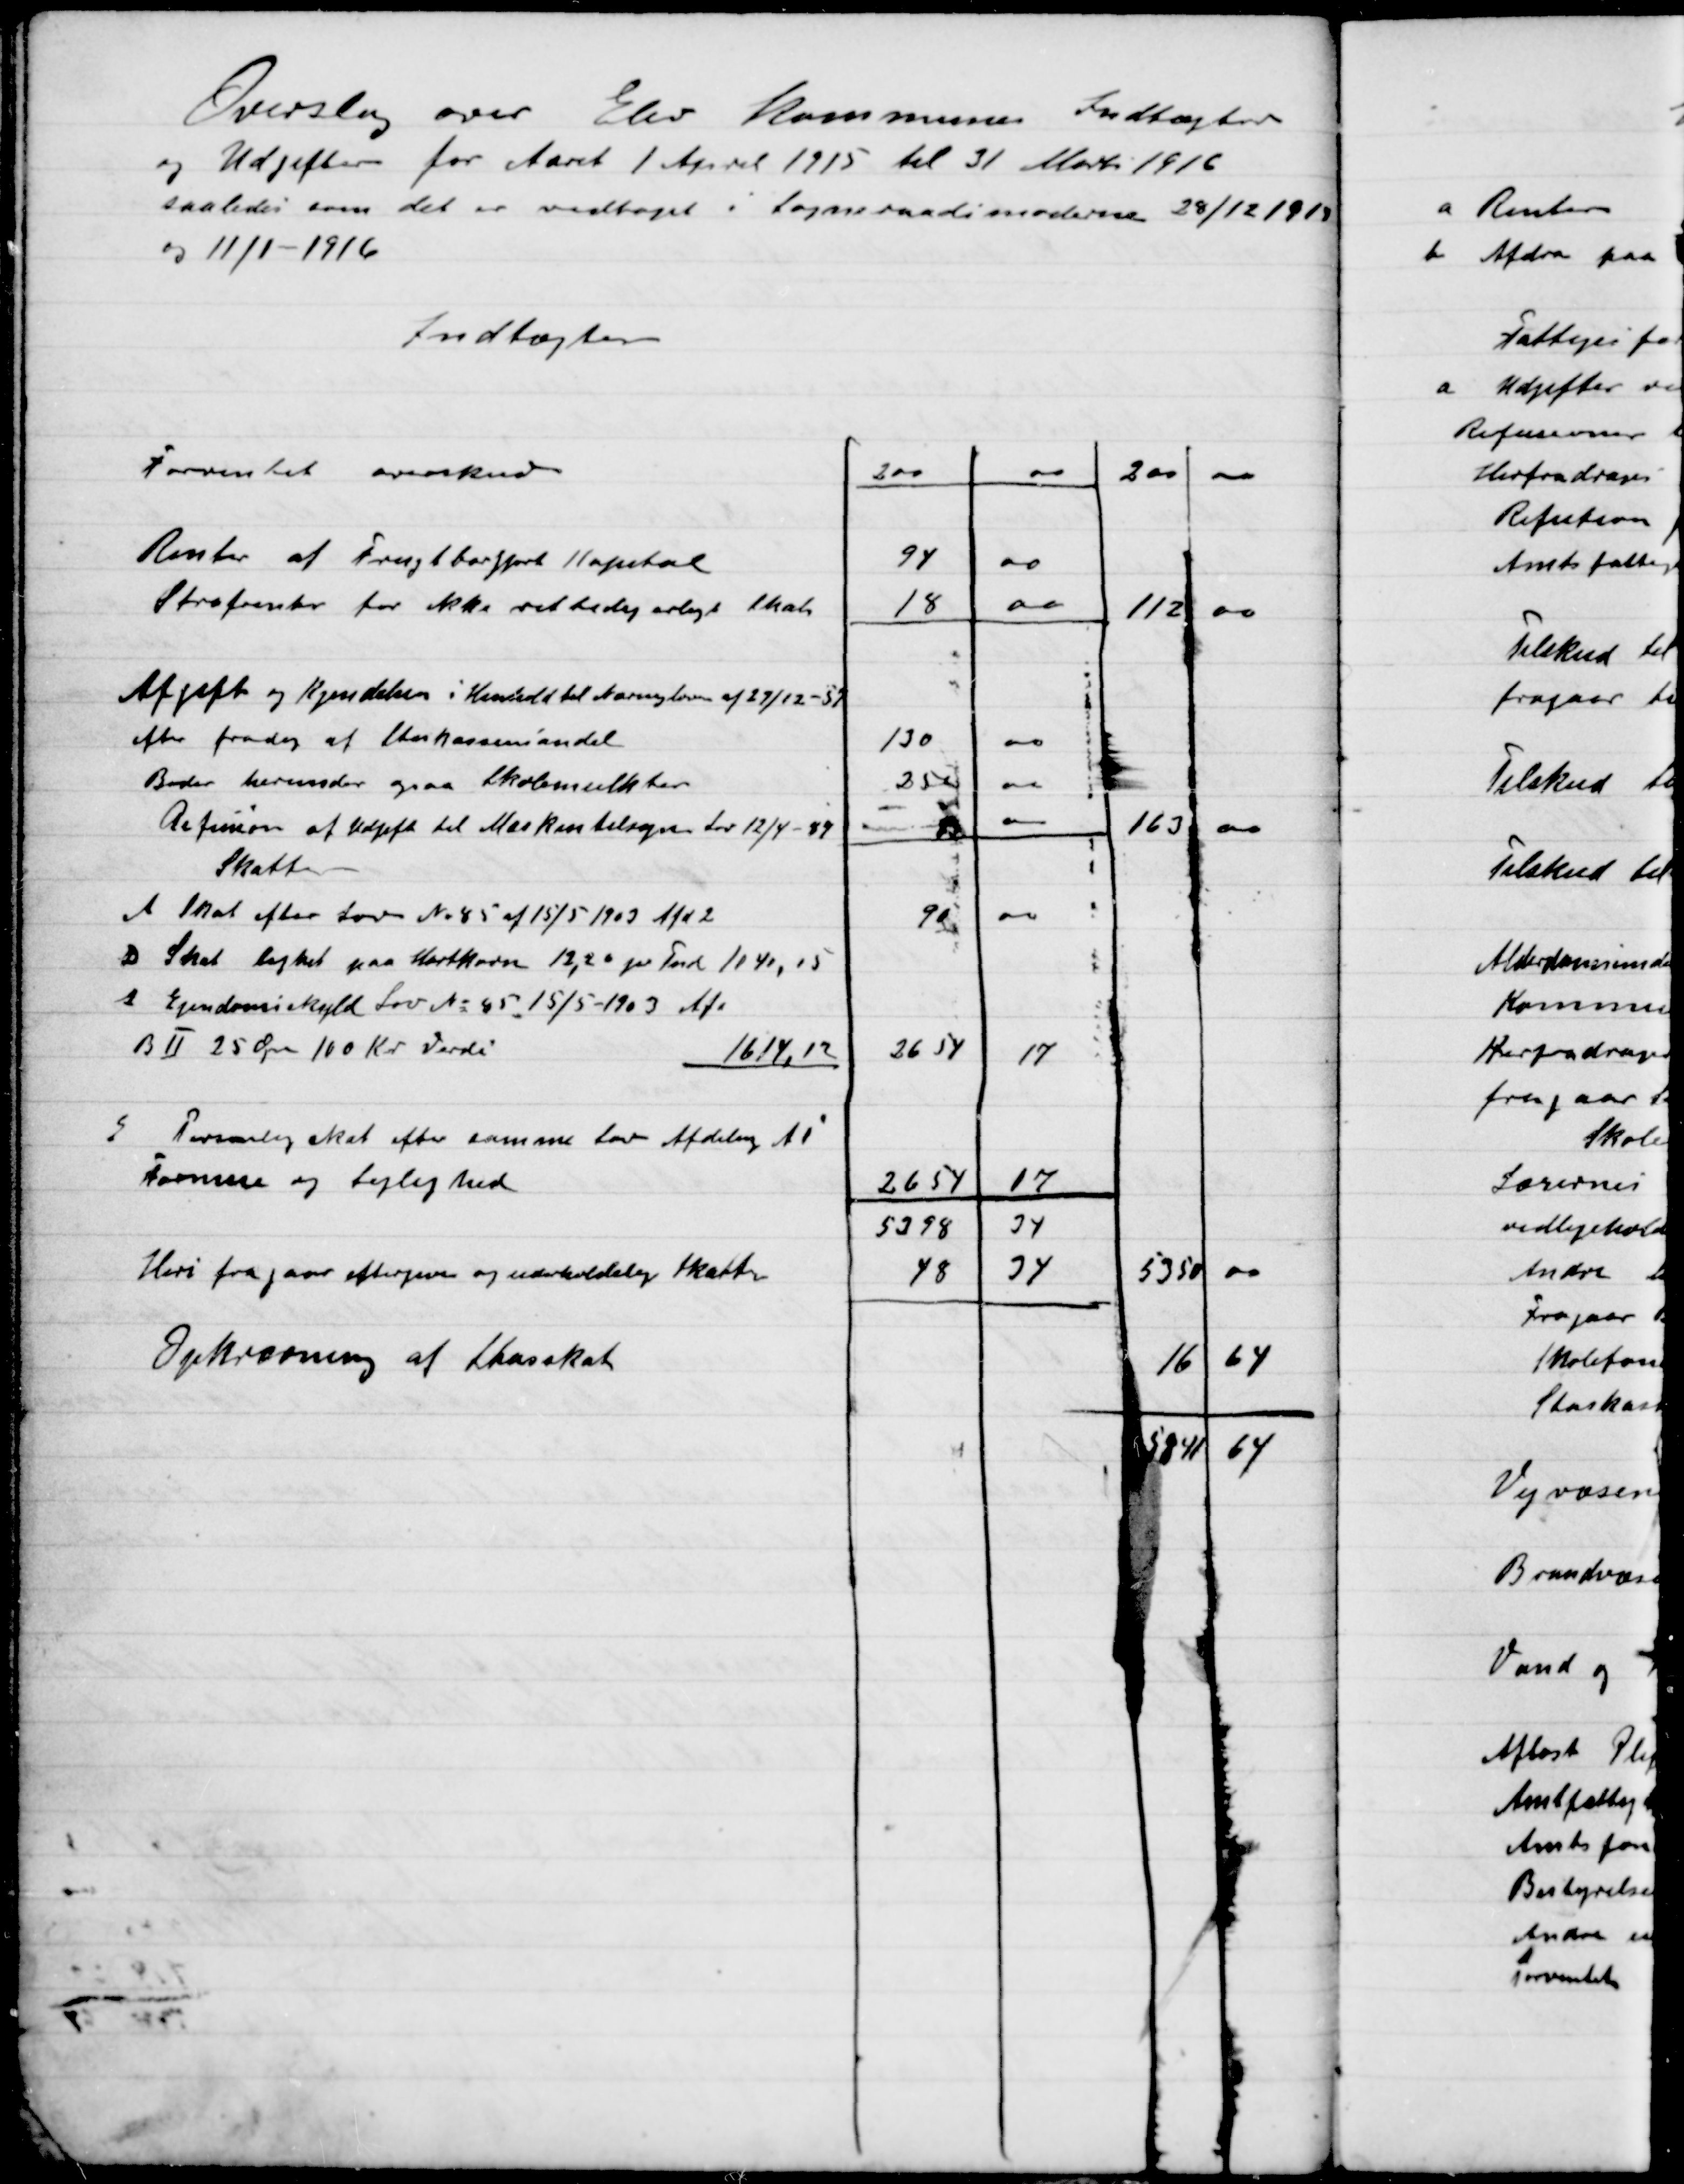
Transskription:
Overslag over Elev Kommunes Indtægter
og Udgifter for Aaret 1 April 1915 til 31 Marts 1916
saaledes som det er vedtaget i Sogneraadets møderne 20/12 1915
og 11/1-1916